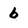
Character: b